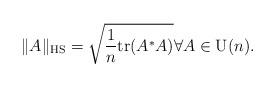
\begin{align*}\|A\|_\textrm{HS} = \sqrt{\frac{1}{n}\mathrm{tr}(A^* A)} \forall A \in \mathrm{U}(n).\end{align*}